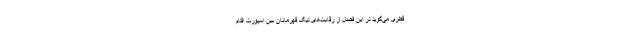
قطری می‌گوید در این فصل از رقابت‌های لیگ قهرمانان بین اسپورت اقدام